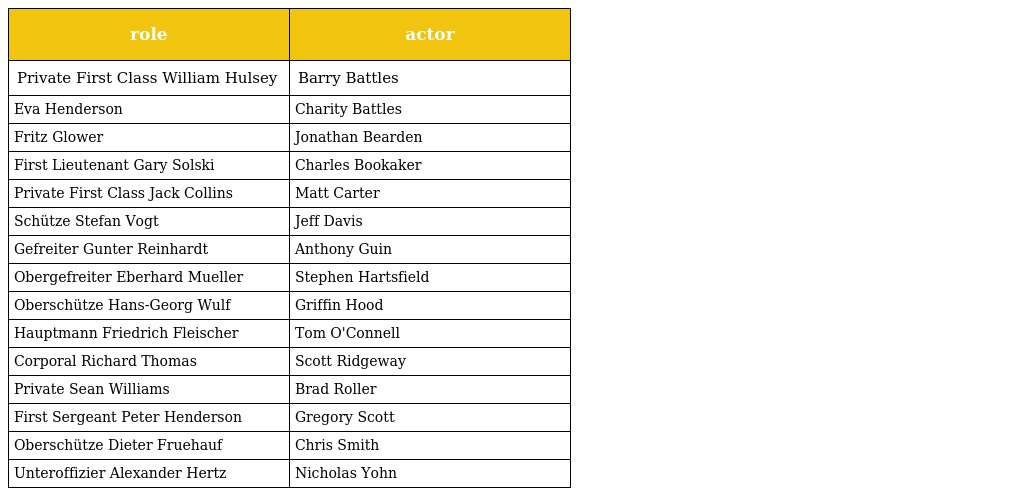
| role | actor |
 | --- | --- |
 | Private First Class William Hulsey | Barry Battles |
 | Eva Henderson | Charity Battles |
 | Fritz Glower | Jonathan Bearden |
 | First Lieutenant Gary Solski | Charles Bookaker |
 | Private First Class Jack Collins | Matt Carter |
 | Schütze Stefan Vogt | Jeff Davis |
 | Gefreiter Gunter Reinhardt | Anthony Guin |
 | Obergefreiter Eberhard Mueller | Stephen Hartsfield |
 | Oberschütze Hans-Georg Wulf | Griffin Hood |
 | Hauptmann Friedrich Fleischer | Tom O'Connell |
 | Corporal Richard Thomas | Scott Ridgeway |
 | Private Sean Williams | Brad Roller |
 | First Sergeant Peter Henderson | Gregory Scott |
 | Oberschütze Dieter Fruehauf | Chris Smith |
 | Unteroffizier Alexander Hertz | Nicholas Yohn |